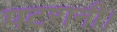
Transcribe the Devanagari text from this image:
पटरानी।